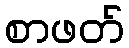
စာဖတ်